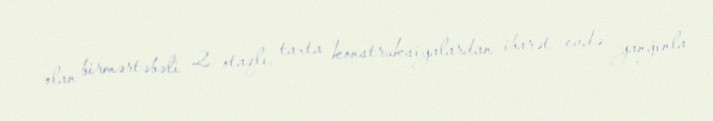
olan birmərtəbəli 2 otaqlı, taxta konstruksiyalardan ibarət evdə yanğınla